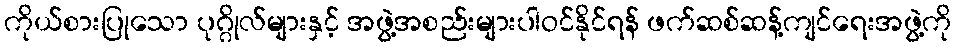
ကိုယ်စားပြုသော ပုဂ္ဂိုလ်များနှင့် အဖွဲ့အစည်းများပါဝင်နိုင်ရန် ဖက်ဆစ်ဆန့်ကျင်ရေးအဖွဲ့ကို